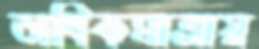
অধিকমাত্রায়